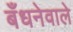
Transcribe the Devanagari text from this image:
बँधनेवाले